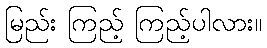
မြည်း ကြည့် ကြည့်ပါလား။